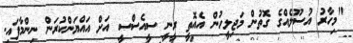
"މިހާރު އުސޫލެއްގެ ގޮތުން މަޖިލީހުން އެއޮތީ ރީނީ ސީއެސްސީ އަށް އައްޔަންކުރަން ނިންމާފައި.